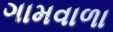
ગામવાળા